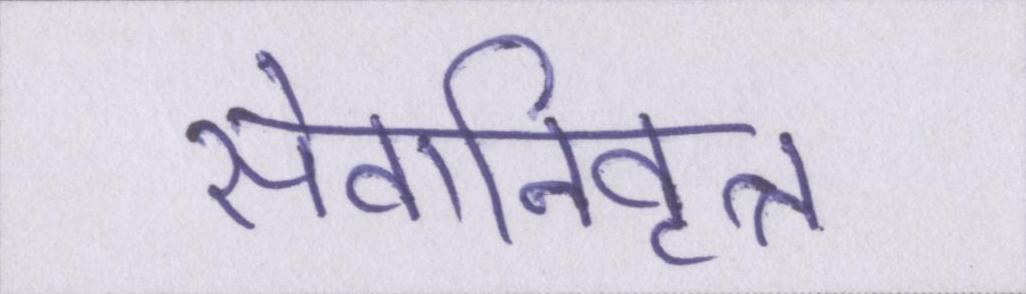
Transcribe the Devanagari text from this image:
सेवानिवृत्त